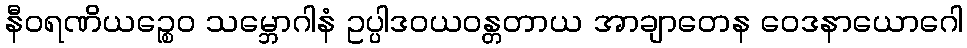
နီဝရဏိယဉ္စေဝ သမ္ဘောဂါနံ ဥပ္ပါဒဝယဝန္တတာယ အာချာတေန ဝေဒနာယောဂေါ